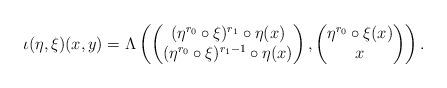
LaTeX: \begin{align*} \iota(\eta, \xi)(x,y) = \Lambda\left( \begin{pmatrix} (\eta^{r_0}\circ\xi)^{r_1}\circ\eta(x) \\ (\eta^{r_0}\circ\xi)^{r_1-1}\circ\eta(x) \end{pmatrix}, \begin{pmatrix} \eta^{r_0}\circ\xi(x) \\ x \end{pmatrix} \right).\end{align*}